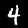
Digit: 4